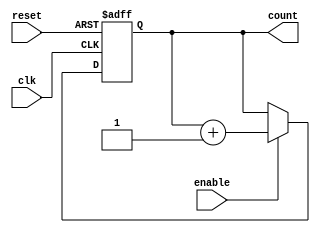
module ChainedParallelCounter (
    input wire clk,          // Clock signal
    input wire reset,        // Asynchronous reset signal
    input wire enable,       // Enable signal
    output reg [N-1:0] count // Counter output
);
    parameter N = 4; // Number of bits in the counter

    // Chained Counter Implementation
    // Uncomment the following block for Chained Counter
    /*
    always @(posedge clk or posedge reset) begin
        if (reset) begin
            count <= 0; // Reset the counter to 0
        end else if (enable) begin
            count[0] <= ~count[0]; // Toggle the least significant bit
            for (integer i = 1; i < N; i = i + 1) begin
                if (count[i-1]) begin
                    count[i] <= ~count[i]; // Toggle the next bit if previous bit is 1
                end
            end
        end
    end
    */

    // Parallel Counter Implementation
    always @(posedge clk or posedge reset) begin
        if (reset) begin
            count <= 0; // Reset the counter to 0
        end else if (enable) begin
            count <= count + 1; // Increment the counter
        end
    end

endmodule